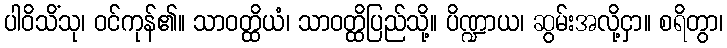
ပါဝိသိံသု၊ ဝင်ကုန်၏။ သာဝတ္ထိယံ၊ သာဝတ္ထိပြည်သို့။ ပိဏ္ဍာယ၊ ဆွမ်းအလို့ငှာ။ စရိတွာ၊